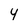
Character: 4